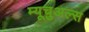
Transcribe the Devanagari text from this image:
म्यूचुअल्स